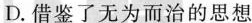
D.借鉴了无为而治的思想